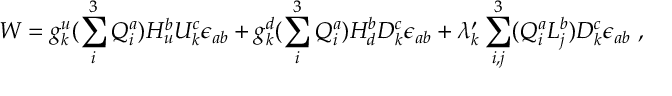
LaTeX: { \cal W } = g _ { k } ^ { u } ( \sum _ { i } ^ { 3 } Q _ { i } ^ { a } ) H _ { u } ^ { b } U _ { k } ^ { c } \epsilon _ { a b } + g _ { k } ^ { d } ( \sum _ { i } ^ { 3 } Q _ { i } ^ { a } ) H _ { d } ^ { b } D _ { k } ^ { c } \epsilon _ { a b } + \lambda _ { k } ^ { \prime } \sum _ { i , j } ^ { 3 } ( Q _ { i } ^ { a } L _ { j } ^ { b } ) D _ { k } ^ { c } \epsilon _ { a b } ~ ,